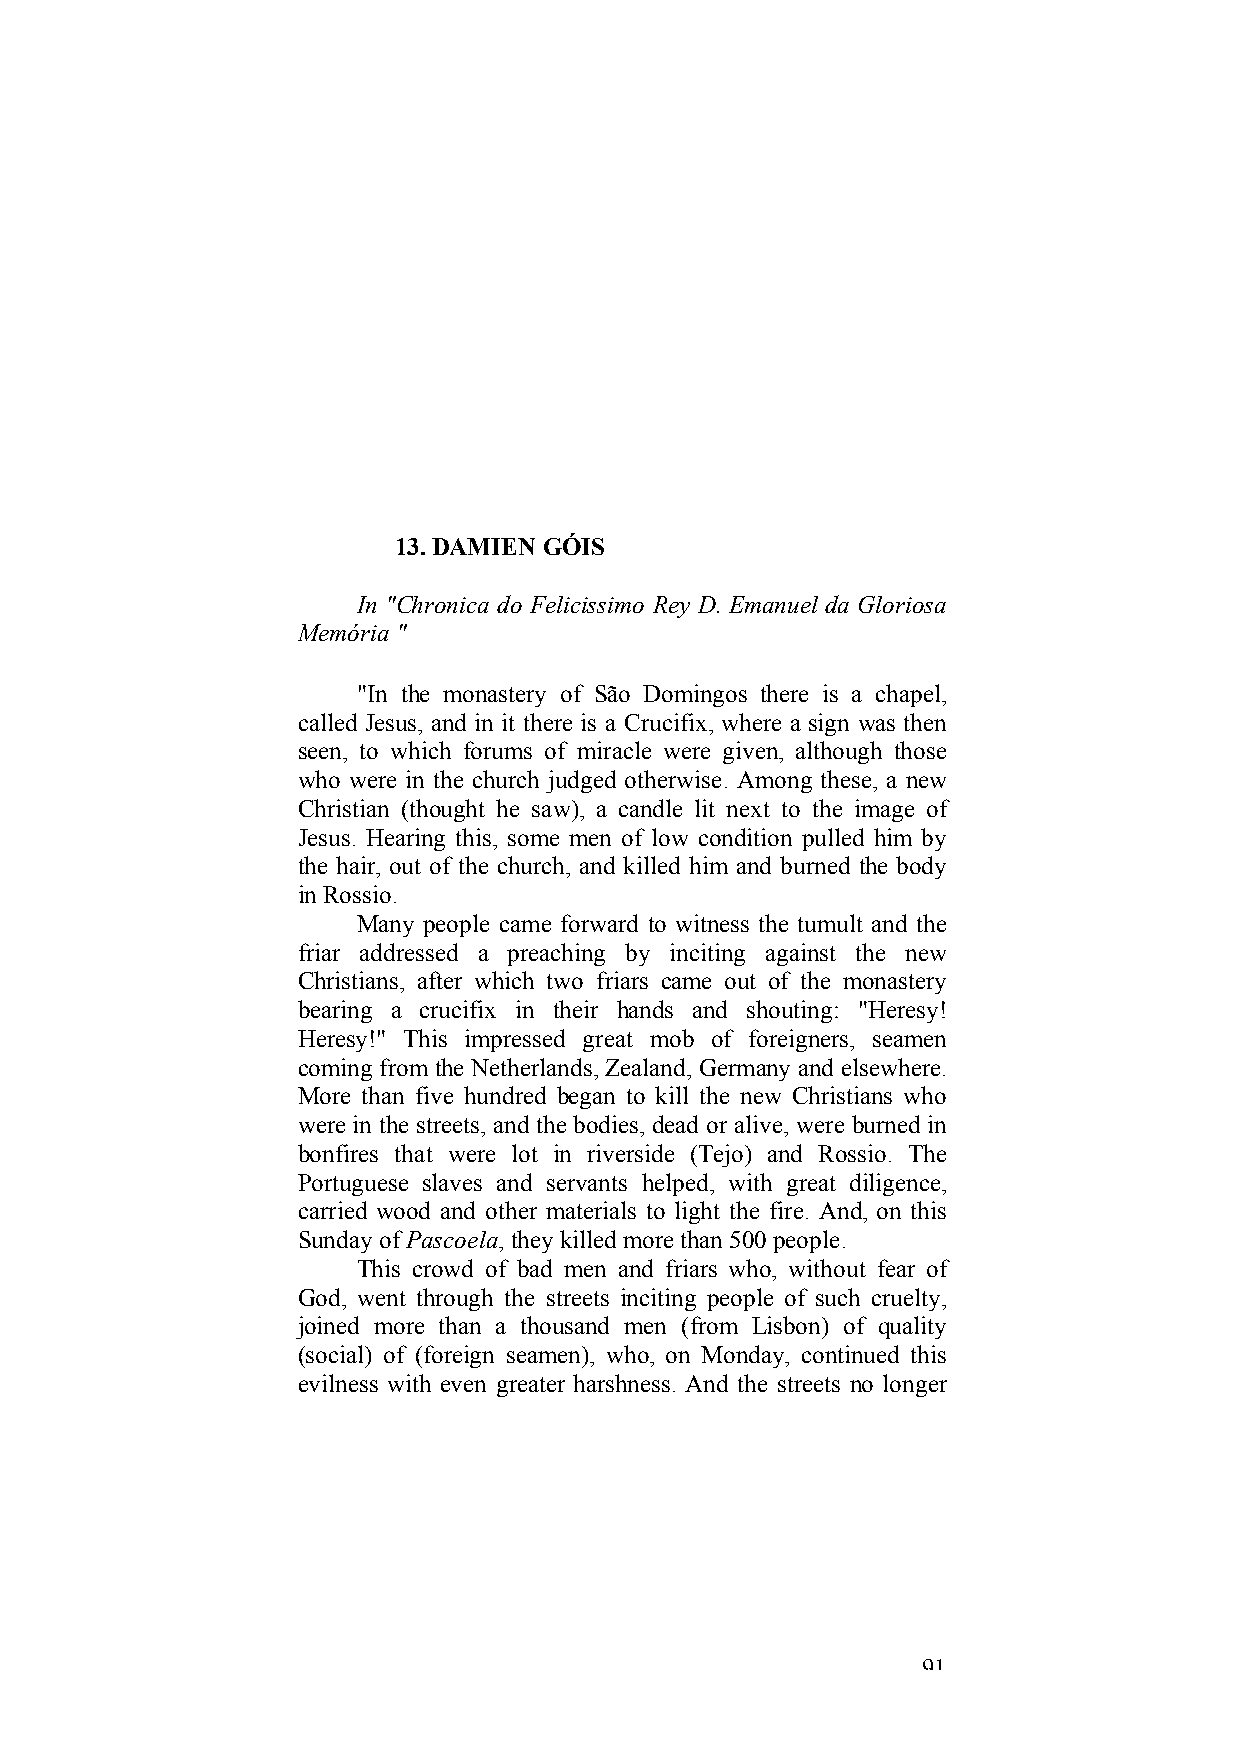
13. DAMIEN GÓIS
 In "Chronica do Felicissimo Rey D. Emanuel da Gloriosa
 Memória "
 "In the monastery of São Domingos there is a chapel,
 called Jesus, and in it there is a Crucifix, where a sign was then
 seen, to which forums of miracle were given, although those
 who were in the church judged otherwise. Among these, a new
 Christian (thought he saw), a candle lit next to the image of
 Jesus. Hearing this, some men of low condition pulled him by
 the hair, out of the church, and killed him and burned the body
 in Rossio.
 Many people came forward to witness the tumult and the
 friar addressed a preaching by inciting against the new
 Christians, after which two friars came out of the monastery
 bearing a crucifix in their hands and shouting: "Heresy!
 Heresy!" This impressed great mob of foreigners, seamen
 coming from the Netherlands, Zealand, Germany and elsewhere.
 More than five hundred began to kill the new Christians who
 were in the streets, and the bodies, dead or alive, were burned in
 bonfires that were lot in riverside (Tejo) and Rossio. The
 Portuguese slaves and servants helped, with great diligence,
 carried wood and other materials to light the fire. And, on this
 Sunday of Pascoela, they killed more than 500 people.
 This crowd of bad men and friars who, without fear of
 God, went through the streets inciting people of such cruelty,
 joined more than a thousand men (from Lisbon) of quality
 (social) of (foreign seamen), who, on Monday, continued this
 evilness with even greater harshness. And the streets no longer
 91